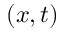
( x , t )